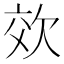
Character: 𭭉